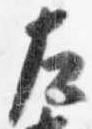
左